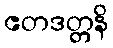
ဧတဒတ္တနိ